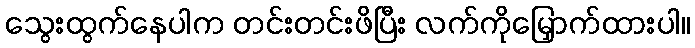
သွေးထွက်နေပါက တင်းတင်းဖိပြီး လက်ကိုမြှောက်ထားပါ။